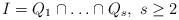
LaTeX: \begin{align*}\begin{array}{rl}I=Q_1\cap \ldots \cap Q_s, \ s\geq 2\end{array} \end{align*}